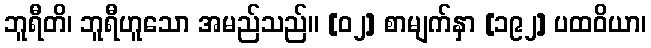
ဘူရီတိ၊ ဘူရီဟူသော အမည်သည်။ [၀၂] စာမျက်နှာ [၁၉၂] ပထဝိယာ၊